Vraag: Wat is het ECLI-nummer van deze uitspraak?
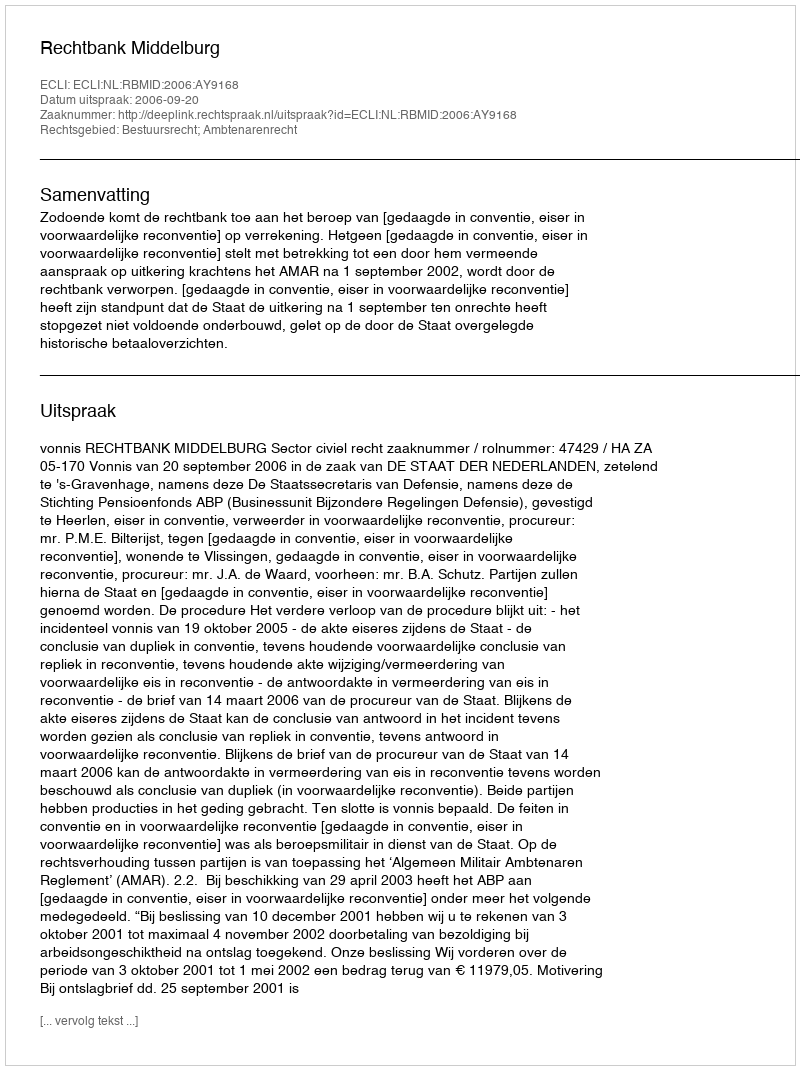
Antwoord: ECLI:NL:RBMID:2006:AY9168